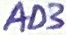
Text: AD3